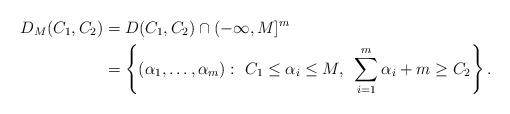
LaTeX: \begin{align*}D_M(C_1,C_2)&= D(C_1,C_2)\cap (-\infty, M]^m\\&=\left\{(\alpha_1,\ldots,\alpha_m): ~C_1\le \alpha_i \le M,~\sum_{i=1}^m \alpha_i+m \ge C_2\right\}.\end{align*}